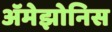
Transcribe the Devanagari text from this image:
ॲमेझोनिस